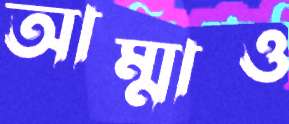
আম্মাও